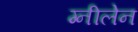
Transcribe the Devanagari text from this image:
ग्नीलेन